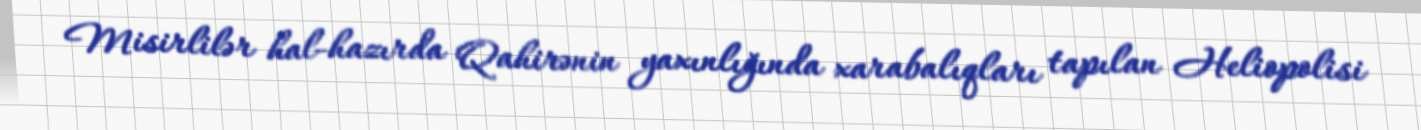
Misirlilər hal-hazırda Qahirənin yaxınlığında xarabalıqları tapılan Heliopolisi